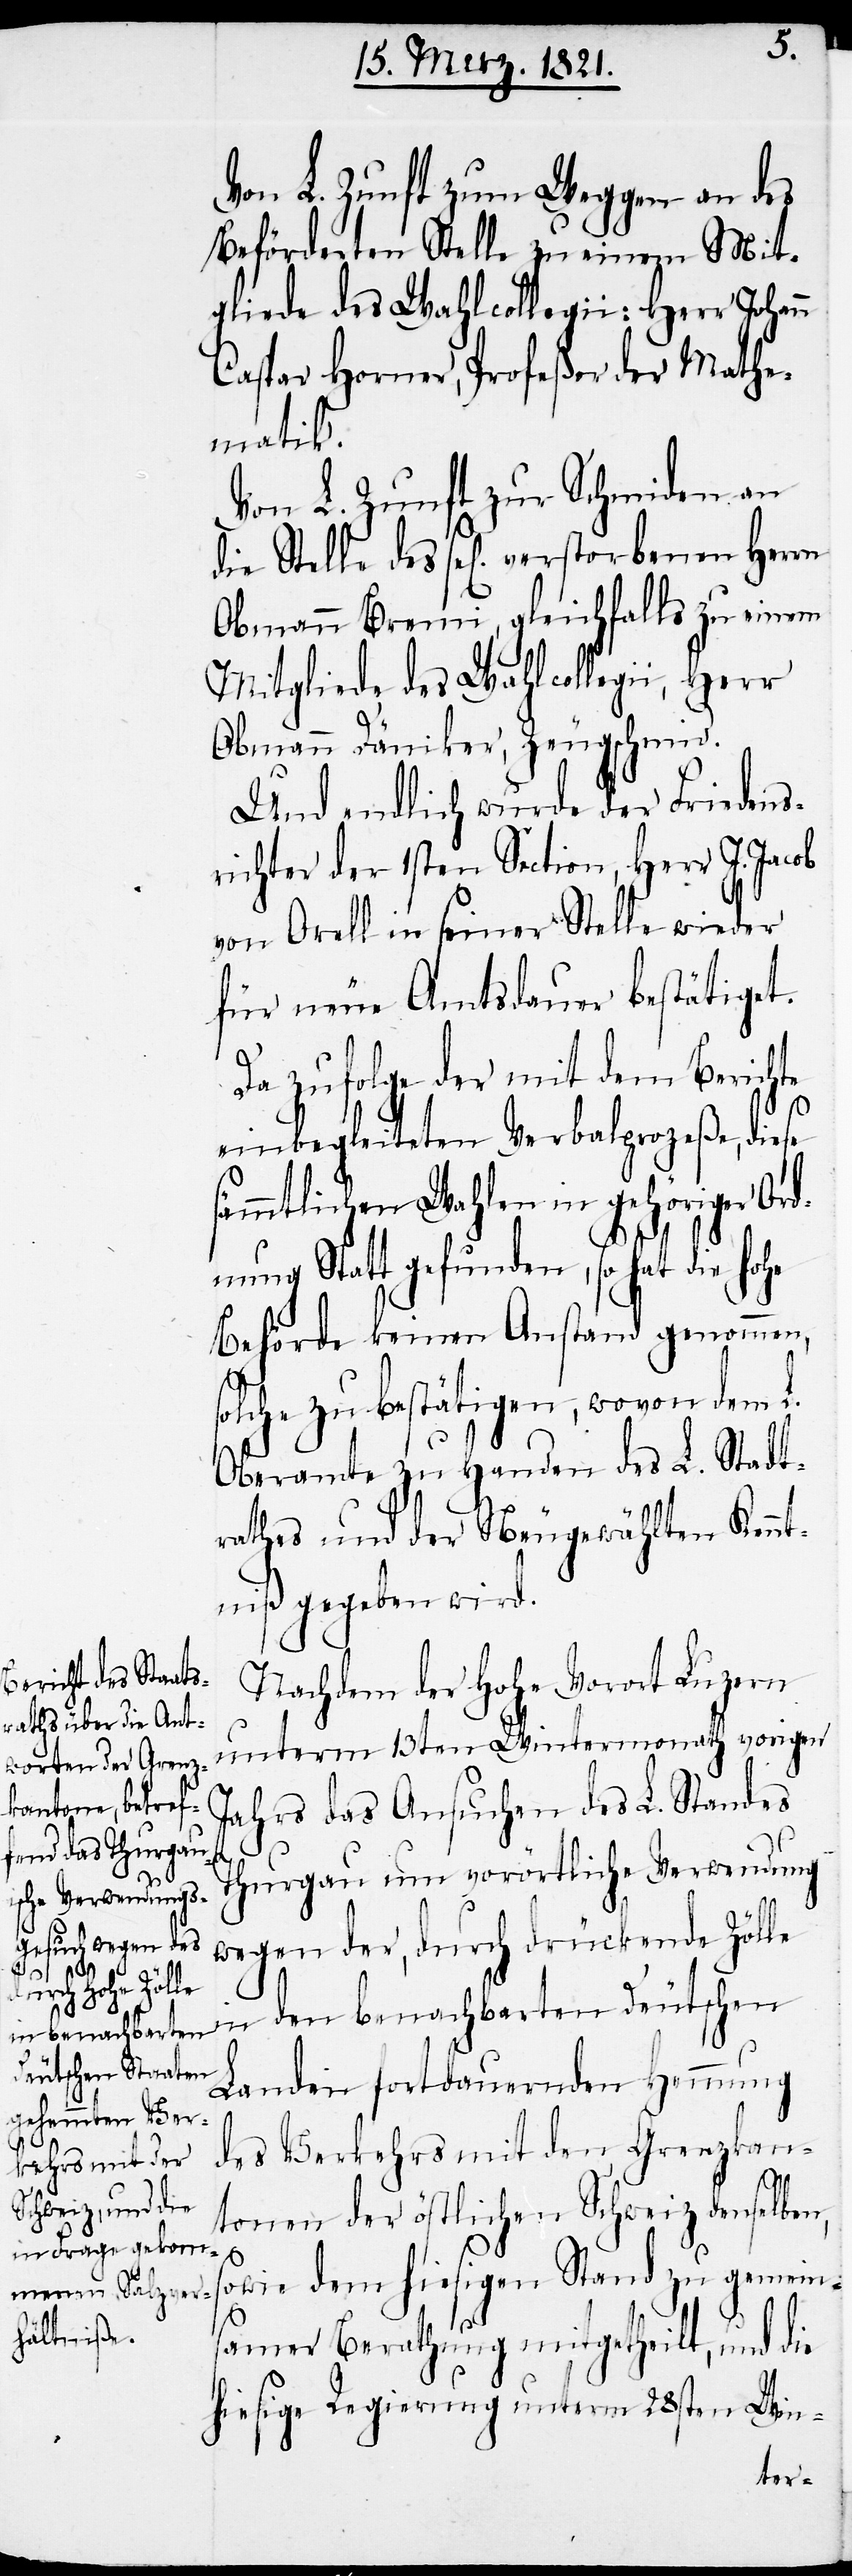
Von L. Zunft zum Weggen an des
Beförderten Stelle zu einem Mit¬
gliede des Wahlcollegii: Herr Johann
Caspar Horner, Profeßor der Mathe¬
matik.
Von L. Zunft zur Schmieden an
die Stelle des sel[ig] verstorbenen Herrn
Obmann Bremi, gleichfalls zu einem
Mitgliede des Wahlcollegii, Herr
Obmann Däniker, Zeugschmid.
Und endlich wurde der Friedens¬
richter der 1sten Section, Herr J. Jacob
von Orell in seiner Stelle wieder
für neue Amtsdauer bestätiget.
Da zufolge der mit dem Berichte
einbegleiteten Verbalproceße, diese
sämmtlichen Wahlen in gehöriger Or¬
dnung Statt gefunden, so hat die hohe
Behörde keinen Anstand genommen,
solche zu bestätigen, wovon dem L.
Oberamte zu Handen des L. Stadt¬
rathes und der Neugewählten Kennt¬
niß gegeben wird.
Nachdem der hohe Vorort Luzern
unterm 13ten Wintermonath vorigen
Jahres das Ansuchen des L. Standes
Thurgau um vorörtliche Verwendung
wegen der, durch drückende Zölle
in den benachbarten Deutschen
Landen fortdauernden Hemmung
des Verkehrs mit den Grenzkan¬
tonen der östlichen Schweiz denselben,
s¬
owie dem hiesigen Stand zu gemein¬
samer Berathung mitgetheilt, und die
hiesige Regierung unterm 28sten Win-